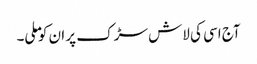
آج اسی کی لاش سڑک پر ان کو ملی۔